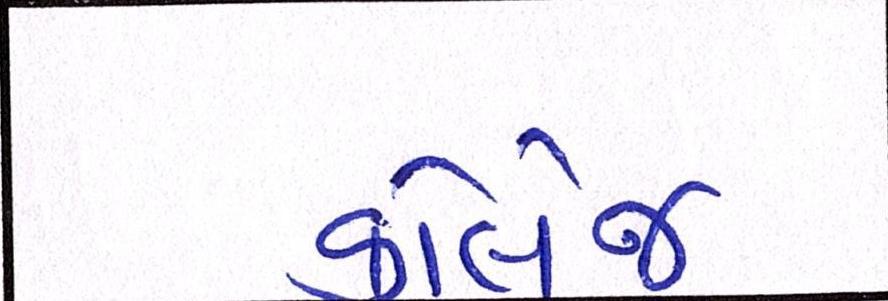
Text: કોલેજ